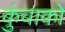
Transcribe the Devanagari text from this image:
कुंचाको